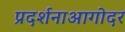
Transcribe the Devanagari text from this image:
प्रदर्शनाआगोदर